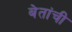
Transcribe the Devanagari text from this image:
बेतांची